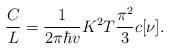
LaTeX: \begin{align*}\frac{C}{L}=\frac{1}{2\pi\hbar v}K^2 T\frac{\pi^2}{3}c[\nu].\end{align*}